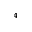
_ 4